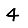
Digit: 4